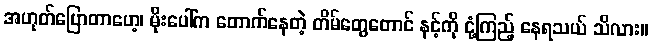
အဟုတ်ပြောတာဟေ့၊ မိုးပေါ်က တောက်နေတဲ့ တိမ်တွေတောင် နင့်ကို ငုံ့ကြည့် နေရသယ် သိလား။